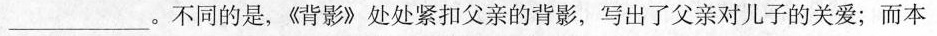
___。不同的是，《背影》处处紧扣父亲的背影，写出了父亲对儿子的关爱；而本